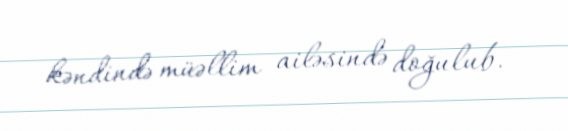
kəndində müəllim ailəsində doğulub.